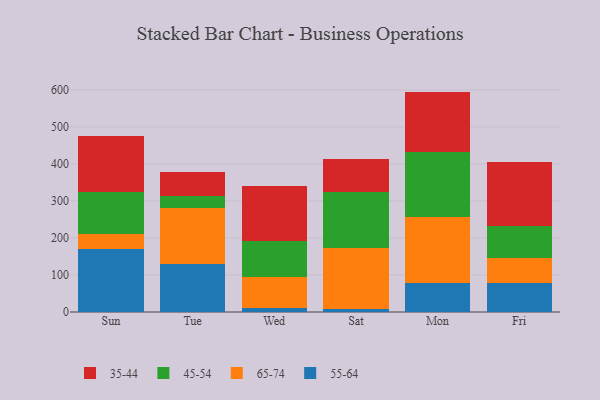
{"axis": {"x": "Day", "y": "Revenue (USD Million)"}, "legend": ["35-44", "45-54", "55-64", "65-74"], "data": [{"x": "Sun", "y": 170.8, "type": "55-64"}, {"x": "Sun", "y": 40.3, "type": "65-74"}, {"x": "Sun", "y": 113.8, "type": "45-54"}, {"x": "Sun", "y": 151.9, "type": "35-44"}, {"x": "Tue", "y": 130.8, "type": "55-64"}, {"x": "Tue", "y": 151.0, "type": "65-74"}, {"x": "Tue", "y": 32.1, "type": "45-54"}, {"x": "Tue", "y": 64.8, "type": "35-44"}, {"x": "Wed", "y": 10.4, "type": "55-64"}, {"x": "Wed", "y": 84.5, "type": "65-74"}, {"x": "Wed", "y": 95.9, "type": "45-54"}, {"x": "Wed", "y": 148.6, "type": "35-44"}, {"x": "Sat", "y": 7.1, "type": "55-64"}, {"x": "Sat", "y": 166.5, "type": "65-74"}, {"x": "Sat", "y": 151.2, "type": "45-54"}, {"x": "Sat", "y": 88.2, "type": "35-44"}, {"x": "Mon", "y": 77.3, "type": "55-64"}, {"x": "Mon", "y": 179.9, "type": "65-74"}, {"x": "Mon", "y": 174.2, "type": "45-54"}, {"x": "Mon", "y": 164.0, "type": "35-44"}, {"x": "Fri", "y": 78.4, "type": "55-64"}, {"x": "Fri", "y": 68.1, "type": "65-74"}, {"x": "Fri", "y": 84.8, "type": "45-54"}, {"x": "Fri", "y": 173.4, "type": "35-44"}]}